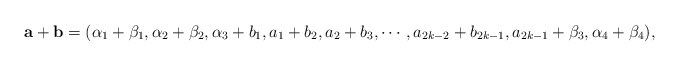
\begin{align*}\mathbf{a}+\mathbf{b}=(\alpha_1+\beta_1,\alpha_2+\beta_2,\alpha_3+b_1,a_1+b_2,a_2+b_3,\cdots,a_{2k-2}+b_{2k-1},a_{2k-1}+\beta_3,\alpha_4+\beta_4),\end{align*}